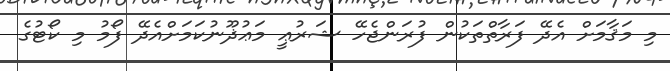
މި މަޤާމަށް އެދޭ ފަރާތްތަކުން ފުރަންޖެހޭ ޝަރުޢީ މަޢުޛޫނުކަމަށްއެދޭ ފޯމު މި ކޯޓުގެ